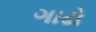
ગાઢો